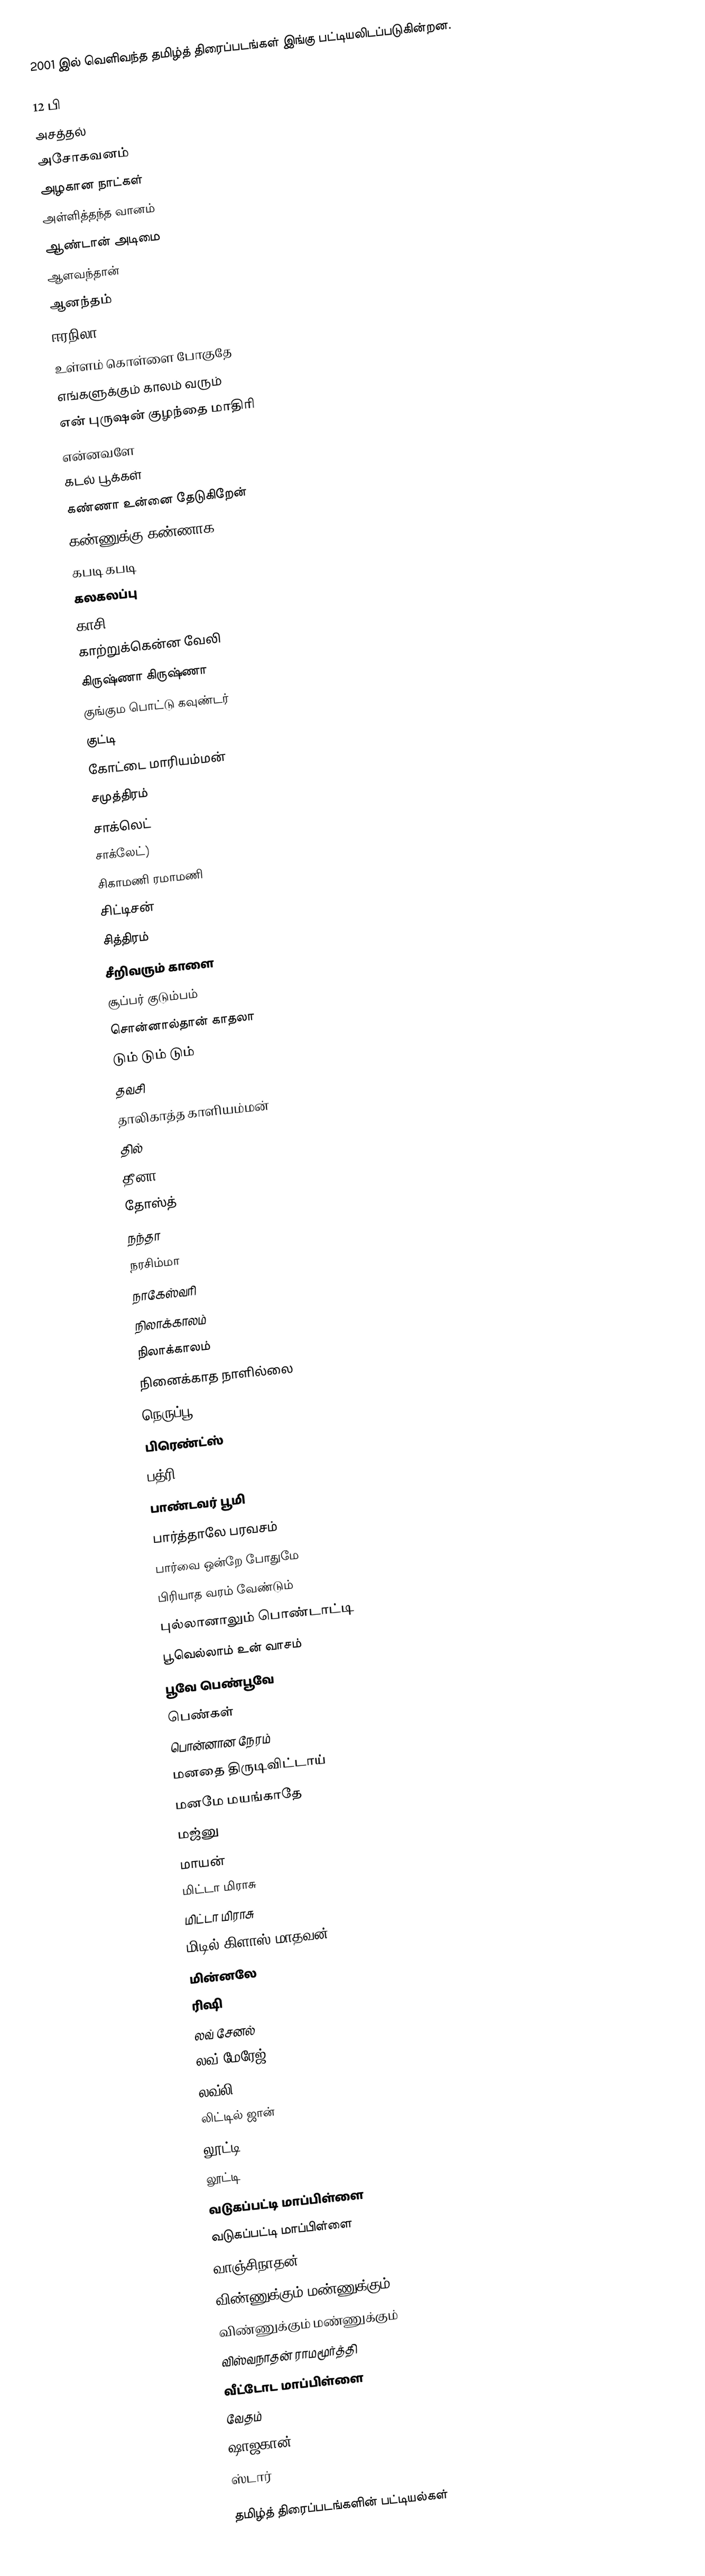
2001 இல் வெளிவந்த தமிழ்த் திரைப்படங்கள் இங்கு பட்டியலிடப்படுகின்றன.

12 பி
அசத்தல்
அசோகவனம்
அழகான நாட்கள்
அள்ளித்தந்த வானம்
ஆண்டான் அடிமை
ஆளவந்தான்
ஆனந்தம்
ஈரநிலா
உள்ளம் கொள்ளை போகுதே
எங்களுக்கும் காலம் வரும்
என் புருஷன் குழந்தை மாதிரி
என்னவளே
கடல் பூக்கள்
கண்ணா உன்னை தேடுகிறேன்
கண்ணுக்கு கண்ணாக
கபடி கபடி
கலகலப்பு
காசி
காற்றுக்கென்ன வேலி
கிருஷ்ணா கிருஷ்ணா
குங்கும பொட்டு கவுண்டர்
குட்டி
கோட்டை மாரியம்மன்
சமுத்திரம்
சாக்லெட்
சாக்லேட்)
சிகாமணி ரமாமணி
சிட்டிசன்
சித்திரம்
சீறிவரும் காளை
சூப்பர் குடும்பம்
சொன்னால்தான் காதலா
டும் டும் டும்
தவசி
தாலிகாத்த காளியம்மன்
தில்
தீனா
தோஸ்த்
நந்தா
நரசிம்மா
நாகேஸ்வரி
நிலாக்காலம்
நிலாக்காலம்
நினைக்காத நாளில்லை
நெருப்பூ
பிரெண்ட்ஸ்
பத்ரி
பாண்டவர் பூமி
பார்த்தாலே பரவசம்
பார்வை ஒன்றே போதுமே
பிரியாத வரம் வேண்டும்
புல்லானாலும் பொண்டாட்டி
பூவெல்லாம் உன் வாசம்
பூவே பெண்பூவே
பெண்கள்
பொன்னான நேரம்
மனதை திருடிவிட்டாய்
மனமே மயங்காதே
மஜ்னு
மாயன்
மிட்டா மிராசு
மிட்டா மிராசு
மிடில் கிளாஸ் மாதவன்
மின்னலே
ரிஷி
லவ் சேனல்
லவ் மேரேஜ்
லவ்லி
லிட்டில் ஜான்
லூட்டி
லூட்டி
வடுகப்பட்டி மாப்பிள்ளை
வடுகப்பட்டி மாப்பிள்ளை
வாஞ்சிநாதன்
விண்ணுக்கும் மண்ணுக்கும்
விண்ணுக்கும் மண்ணுக்கும்
விஸ்வநாதன் ராமமூர்த்தி
வீட்டோட மாப்பிள்ளை
வேதம்
ஷாஜகான்
ஸ்டார்

தமிழ்த் திரைப்படங்களின் பட்டியல்கள்